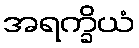
အရက္ခိယံ